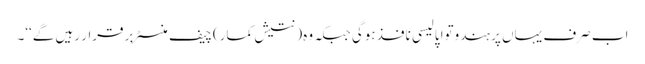
اب صرف یہاں پر ہندوتوا پالیسی نافذ ہوگی جبکہ وہ( نتیش کمار)چیف منسٹر برقرار رہیں گے‘‘۔